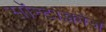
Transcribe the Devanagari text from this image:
सॉन्टाक्लोज़